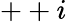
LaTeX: ++i